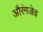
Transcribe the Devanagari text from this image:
औरंगजेव